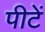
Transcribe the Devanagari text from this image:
पीटें